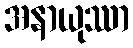
အနာယုဿာ